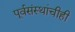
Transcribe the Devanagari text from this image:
पूर्वसंस्थांचीही